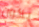
يكون